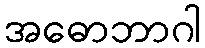
အဓောဘာဂါ